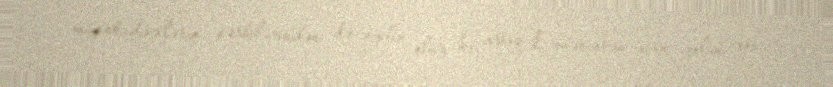
müşahidəçilərin şərhlərindən də aydın olur ki, artıq Ermənistan üçün yolun sonu